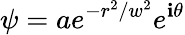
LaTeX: \psi=ae^{-r^{2}/w^{2}}e^{\mathbf{i}\theta}